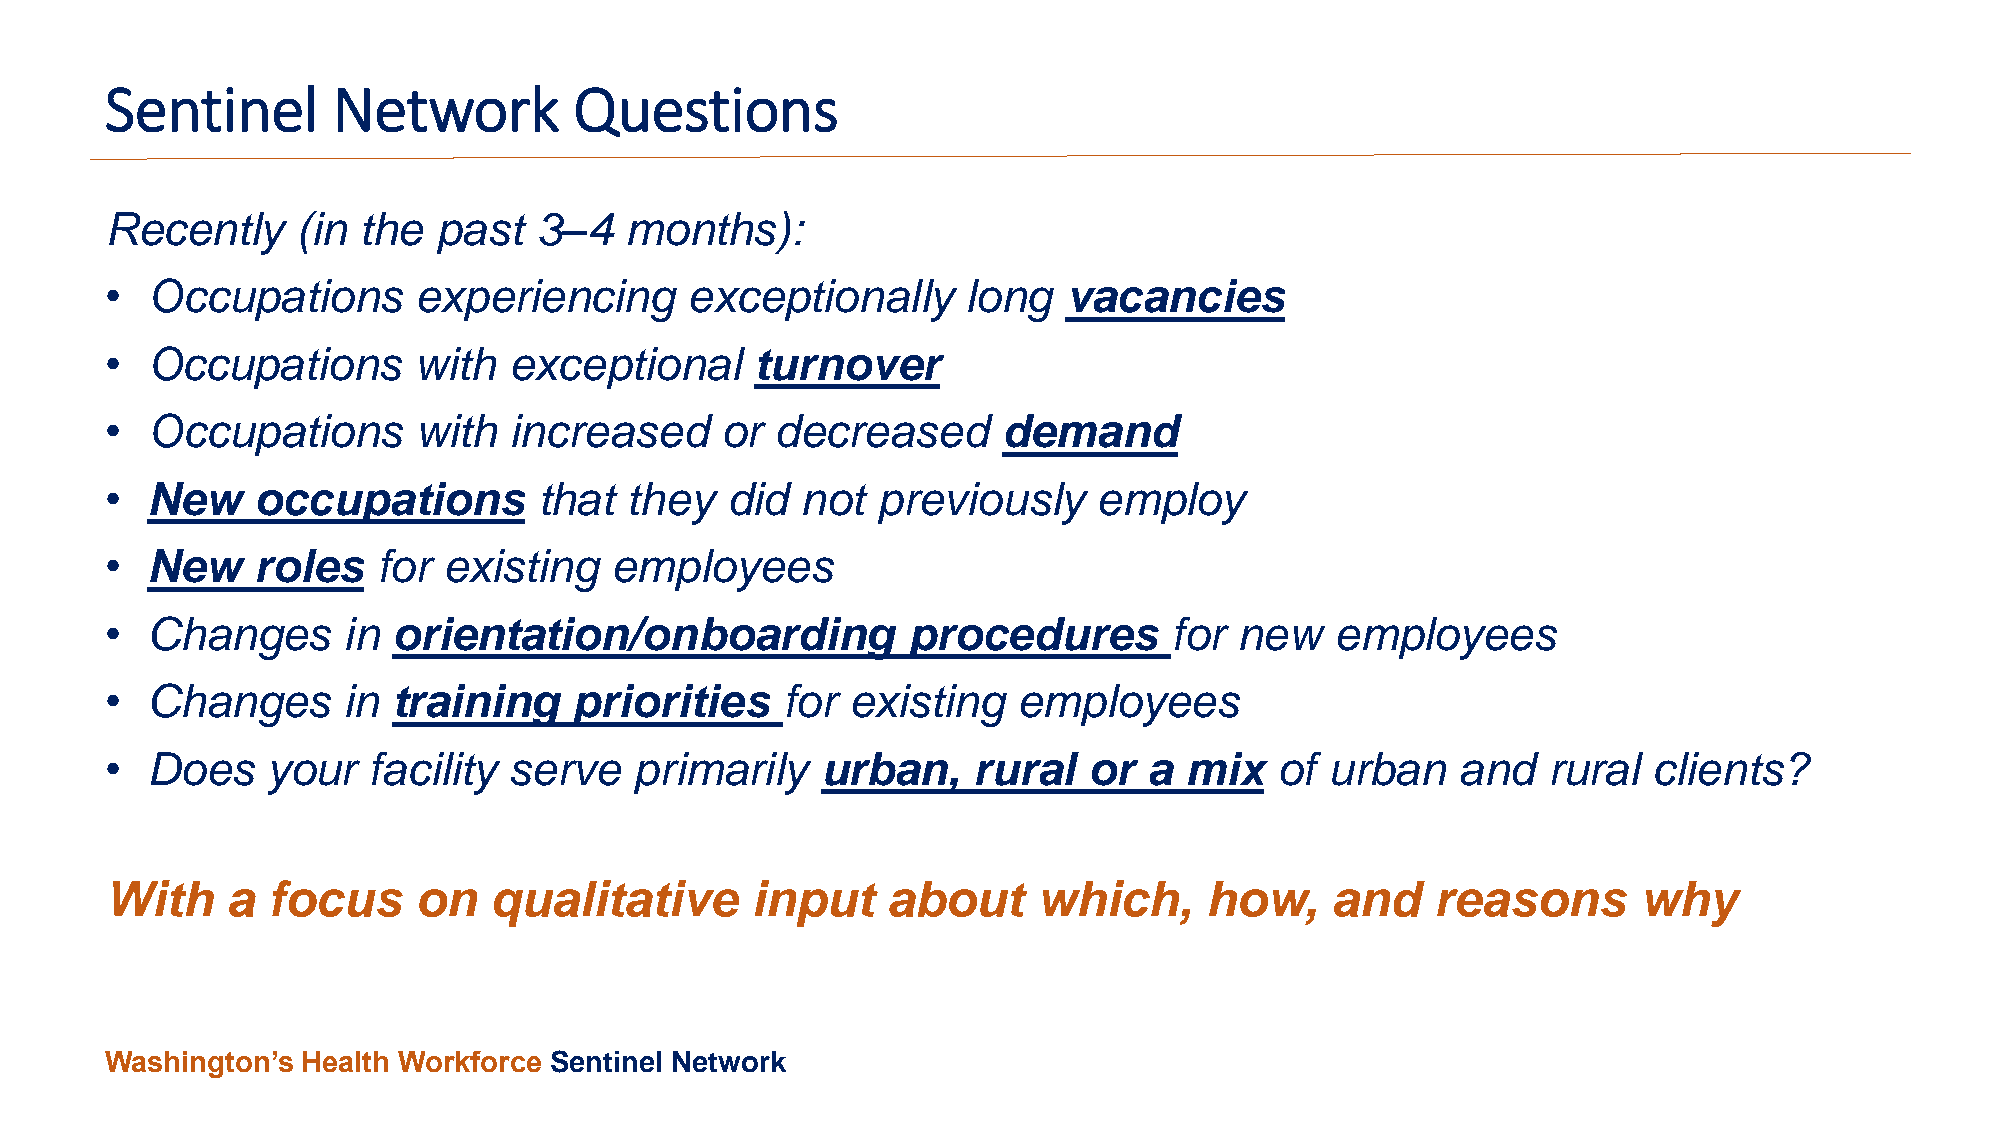
Sentinel       Network         Questions
 Recently     (in the  past  3–4   months):
 •  Occupations      experiencing      exceptionally      long   vacancies
 •  Occupations      with   exceptional     turnover
 •  Occupations      with   increased     or decreased      demand
 •  New    occupations        that  they  did  not  previously     employ
 •  New    roles   for existing   employees
 •  Changes      in orientation/onboarding            procedures        for new   employees
 •  Changes      in training    priorities    for existing   employees
 •  Does    your  facility  serve   primarily   urban,    rural   or  a mix    of urban    and  rural  clients?
 With    a  focus    on   qualitative       input    about     which,     how,    and    reasons       why
 Washington’s Health Workforce Sentinel Network